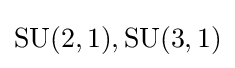
\mathrm {SU} (2,1),\mathrm {SU} (3,1)